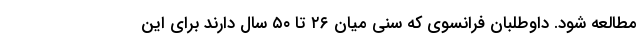
مطالعه شود. داوطلبان فرانسوی که سنی میان ۲۶ تا ۵۰ سال دارند برای این